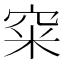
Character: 𥥪